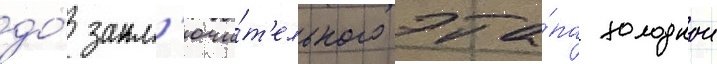
до́ закл'ючи́т'ельного эта́па холоднои